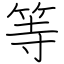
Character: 等